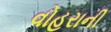
વોહરાની